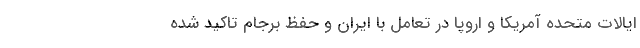
ایالات متحده آمریکا و اروپا در تعامل با ایران و حفظ برجام تاکید شده